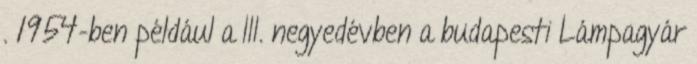
. 1954-ben például a III. negyedévben a budapesti Lámpagyár